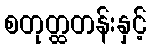
စတုတ္ထတန်းနှင့်